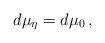
LaTeX: \begin{align*}d\mu_{\eta}= d\mu_{0}\,,\end{align*}